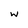
Character: w